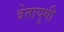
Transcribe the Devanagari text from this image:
त्रेतायुगी